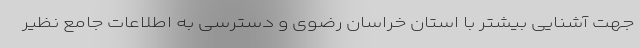
جهت آشنایی بیشتر با استان خراسان رضوی و دسترسی به اطلاعات جامع نظیر